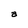
Character: a